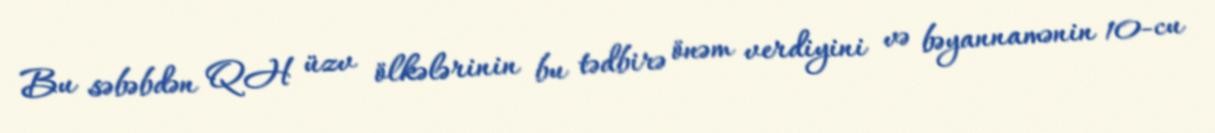
Bu səbəbdən QH üzv ölkələrinin bu tədbirə önəm verdiyini və bəyannamənin 10-cu